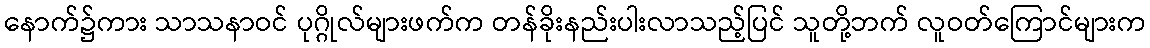
နောက်၌ကား သာသနာဝင် ပုဂ္ဂိုလ်များဖက်က တန်ခိုးနည်းပါးလာသည့်ပြင် သူတို့ဘက် လူဝတ်ကြောင်များက